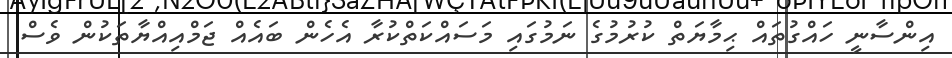
އިންސާނީ ހައްގުތައް ޙިމާޔަތް ކުރުމުގެ ނަމުގައި މަސައްކަތްކުރާ އެހެން ބައެއް ޖަމްއިއްޔާތަކުން ވެސް